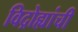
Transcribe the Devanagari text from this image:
विद्रोह्यांची